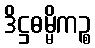
ဒိဋ္ဌဓမ္မိကဉ္စ